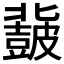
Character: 𮮨